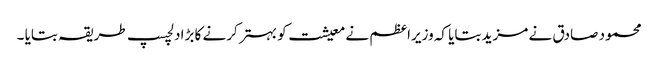
محمود صادق نے مزید بتایا کہ وزیراعظم نے معیشت کو بہتر کرنے کا بڑا دلچسپ طریقہ بتایا ۔